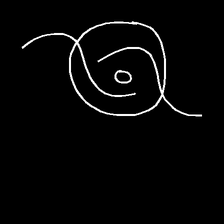
Glyph: repetition